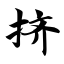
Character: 挤